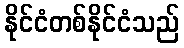
နိုင်ငံတစ်နိုင်ငံသည်